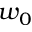
w _ { 0 }